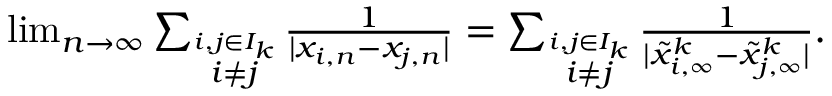
\begin{array} { r } { \operatorname* { l i m } _ { n \to \infty } \sum _ { \stackrel { i , j \in I _ { k } } { i \not = j } } { \frac { 1 } { | x _ { i , n } - x _ { j , n } | } } = \sum _ { \stackrel { i , j \in I _ { k } } { i \not = j } } { \frac { 1 } { | \tilde { x } _ { i , \infty } ^ { k } - \tilde { x } _ { j , \infty } ^ { k } | } } . } \end{array}